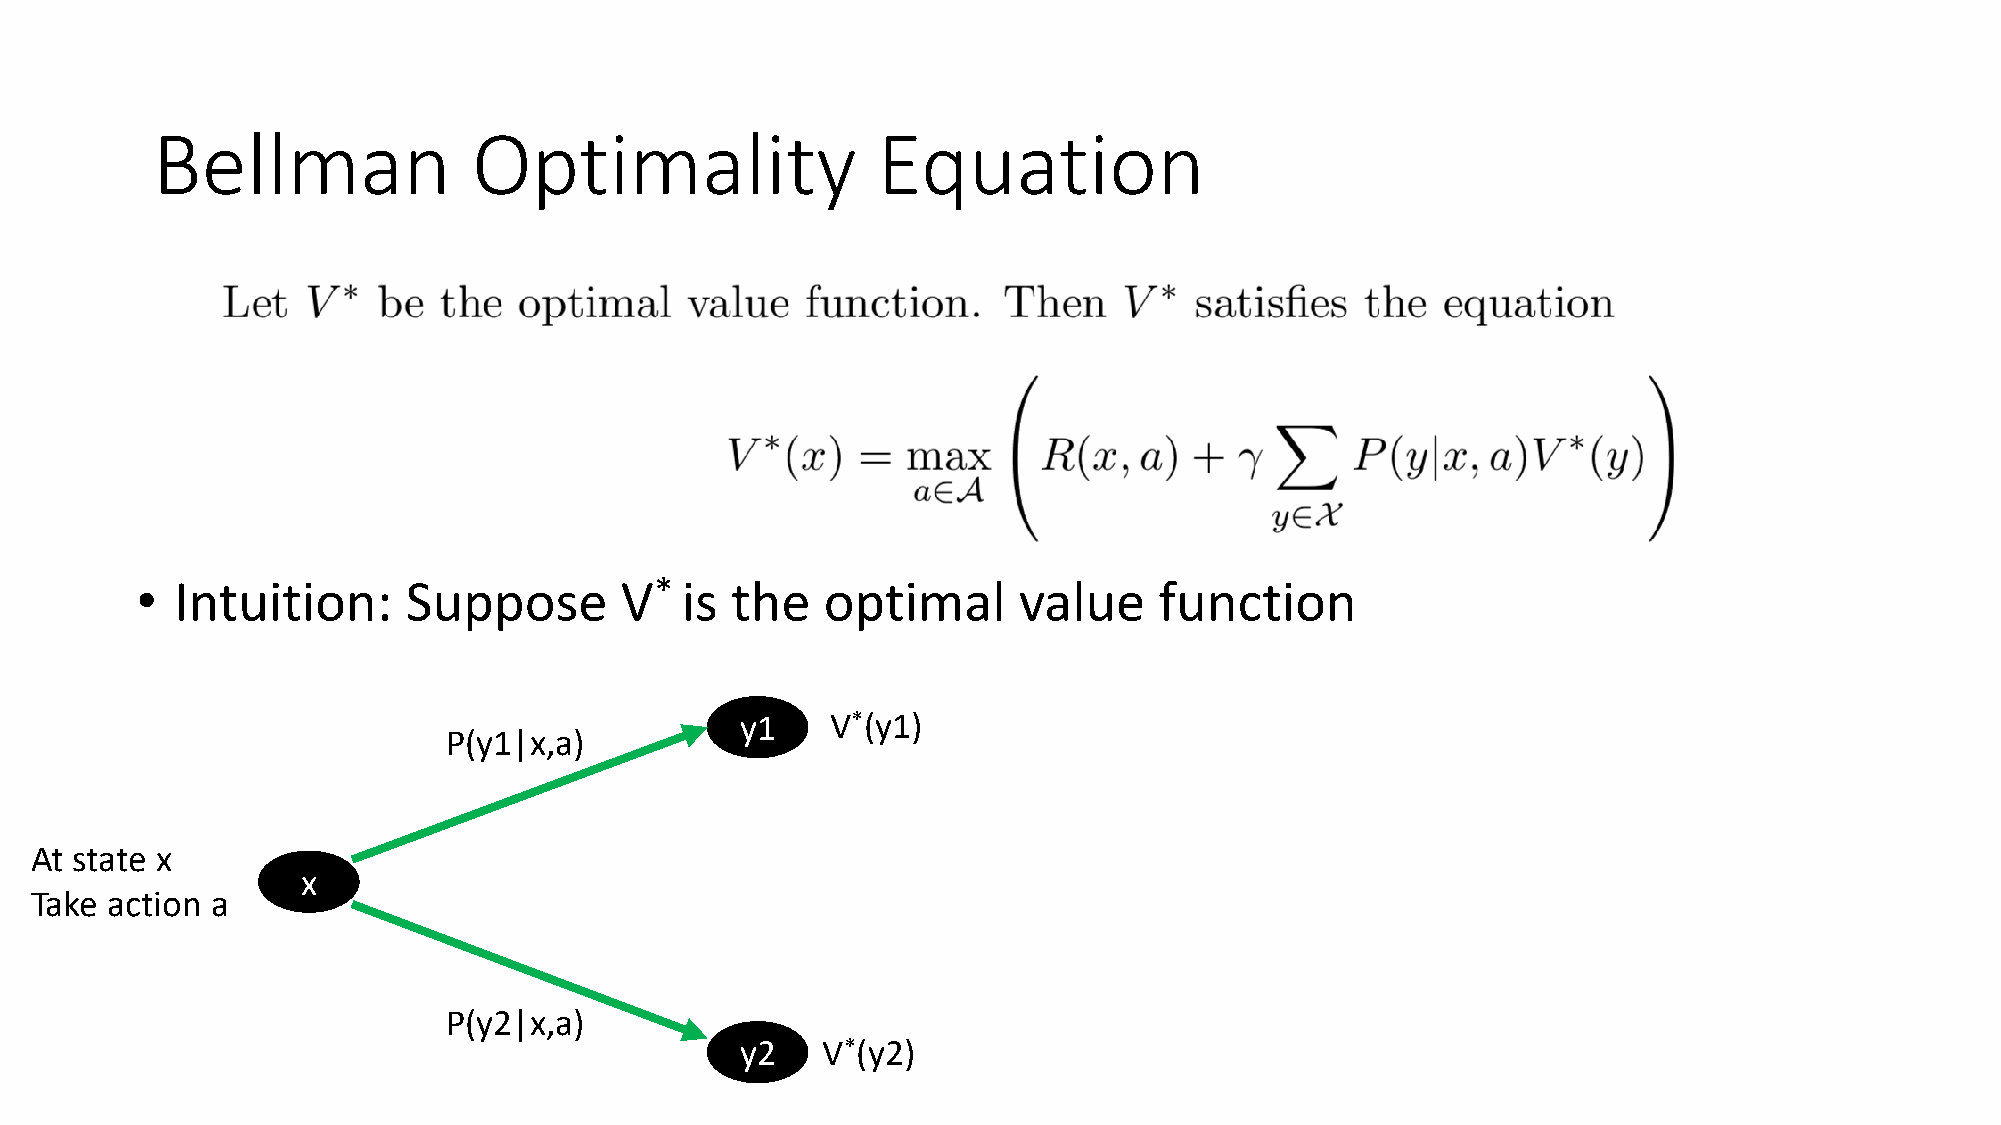
Bellman              Optimality                 Equation
 •  Intuition:     Suppose       V*  is the    optimal     value     function
 y1    V*(y1)
 P(y1|x,a)
 At state x
 x
 Take action a
 P(y2|x,a)
 y2   V*(y2)